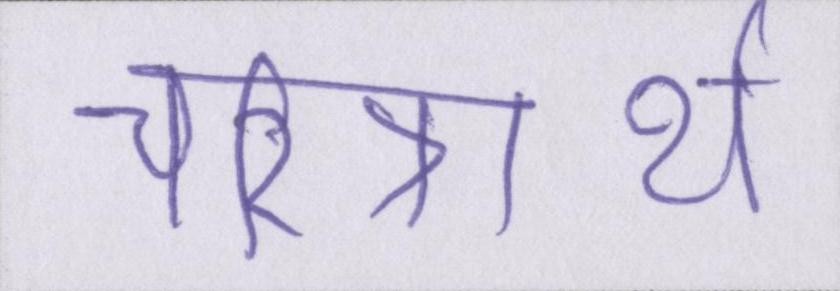
चरित्रार्थ